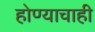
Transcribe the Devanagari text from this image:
होण्याचाही